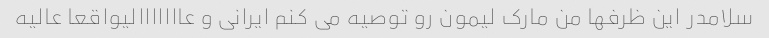
سلامدر این ظرفها من مارک لیمون رو توصیه می کنم ایرانی و عااااااالیواقعا عالیه